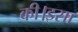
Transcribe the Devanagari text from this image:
की।इसा